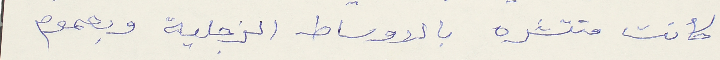
كانت منتشره بالاوساط الزجلية وبعموم